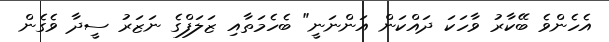
އެހެންވެ ބޭކާރު ވާހަކަ ދައްކަން އަންނަނީ" ބެހެމަތާއި ޒަލަފްގެ ނަޒަރު ސީދާ ވެގެން